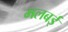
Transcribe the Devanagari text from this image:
मलबई